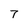
Character: 7